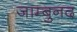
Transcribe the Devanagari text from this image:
जाम्बुनद